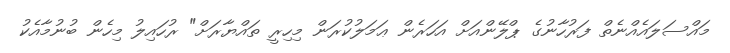
މައްސަލައެއްނެތް ފަރުހާނުގެ ޕްލޭންއަށް އަހަރެން ޢަމަލުކުރަން މިހިރީ ތައްޔާރަށް" ރުހައިލު މިހެން ބުނުމާއެކު